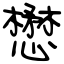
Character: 懋